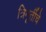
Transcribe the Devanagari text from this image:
त्रिमूर्तीचे